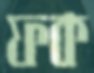
ফক